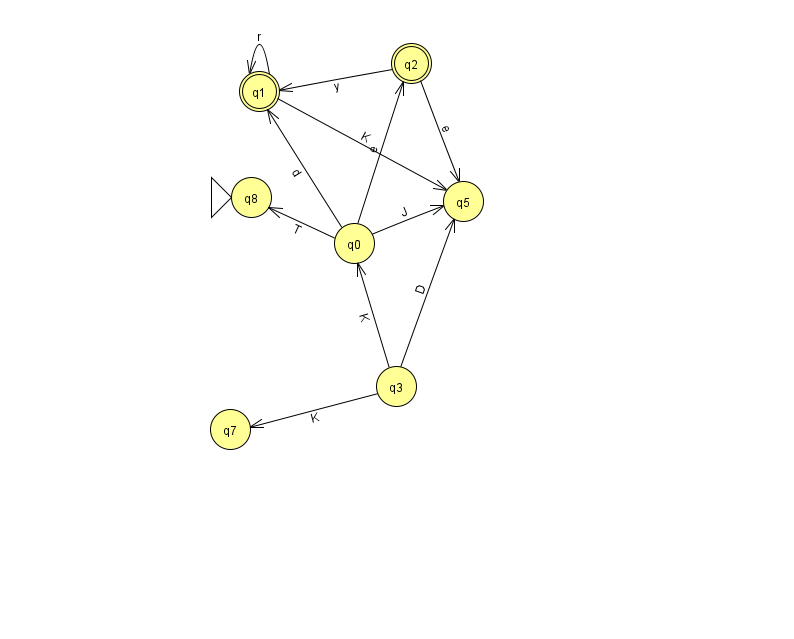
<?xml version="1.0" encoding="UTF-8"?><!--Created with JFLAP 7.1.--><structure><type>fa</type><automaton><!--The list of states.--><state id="0" name="q0"><x>354.0</x><y>230.0</y></state><state id="1" name="q1"><x>259.0</x><y>78.0</y><final/></state><state id="2" name="q2"><x>411.0</x><y>50.0</y><final/></state><state id="3" name="q3"><x>396.0</x><y>373.0</y></state><state id="5" name="q5"><x>463.0</x><y>188.0</y></state><state id="7" name="q7"><x>230.0</x><y>416.0</y></state><state id="8" name="q8"><x>251.0</x><y>184.0</y><initial/></state><!--The list of transitions.--><transition><from>0</from><to>5</to><read>J</read></transition><transition><from>1</from><to>1</to><read>r</read></transition><transition><from>0</from><to>8</to><read>T</read></transition><transition><from>0</from><to>2</to><read>e</read></transition><transition><from>2</from><to>1</to><read>y</read></transition><transition><from>0</from><to>1</to><read>d</read></transition><transition><from>3</from><to>7</to><read>K</read></transition><transition><from>3</from><to>5</to><read>D</read></transition><transition><from>2</from><to>5</to><read>e</read></transition><transition><from>1</from><to>5</to><read>K</read></transition><transition><from>3</from><to>0</to><read>K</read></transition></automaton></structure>